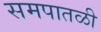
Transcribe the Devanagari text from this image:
समपातळी